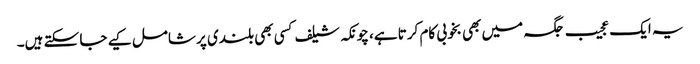
یہ ایک عجیب جگہ میں بھی بخوبی کام کرتا ہے، چونکہ شیلف کسی بھی بلندی پر شامل کیے جا سکتے ہیں۔